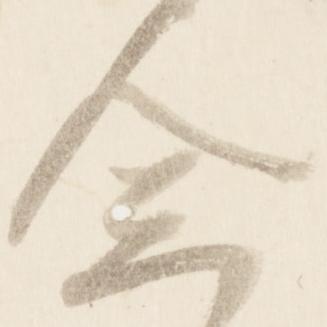
念